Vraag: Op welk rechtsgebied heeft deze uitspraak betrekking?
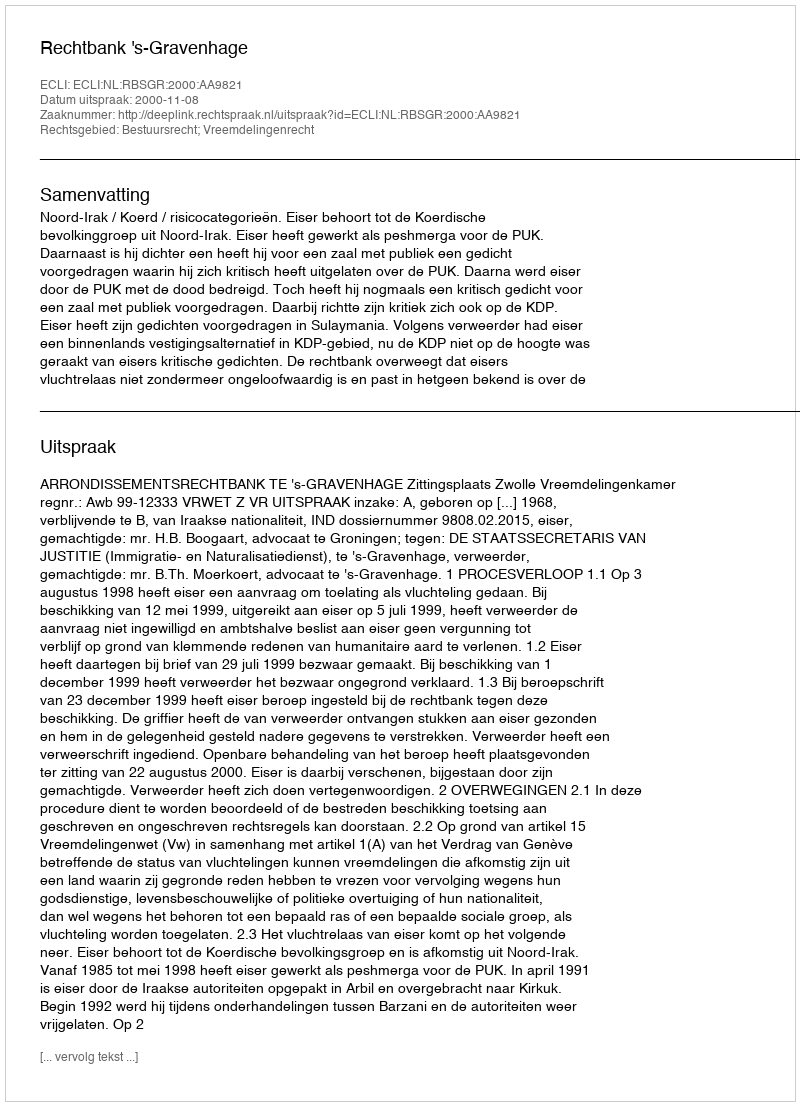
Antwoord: Bestuursrecht; Vreemdelingenrecht